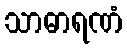
သာဓာရဏံ